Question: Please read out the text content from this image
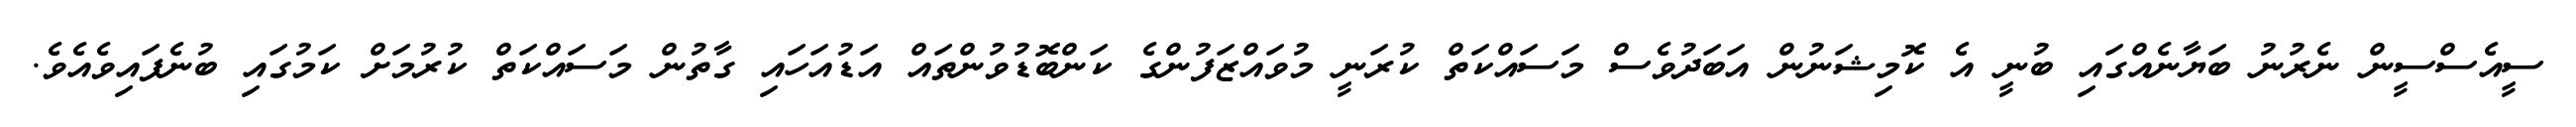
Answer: ސީއެސްސީން ނެރުނު ބަޔާނެއްގައި ބުނީ އެ ކޮމިޝަނުން އަބަދުވެސް މަސައްކަތް ކުރަނީ މުވައްޒަފުންގެ ކަންބޮޑުވުންތައް އަޑުއަހައި ގާތުން މަސައްކަތް ކުރުމަށް ކަމުގައި ބުނެފައިވެއެވެ.